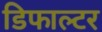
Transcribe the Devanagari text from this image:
डिफाल्टर